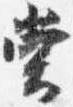
堂